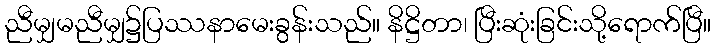
ညီမျှမညီမျှ၌ပြဿနာမေးခွန်းသည်။ နိဋ္ဌိတာ၊ ပြီးဆုံးခြင်းသို့ရောက်ပြီ။